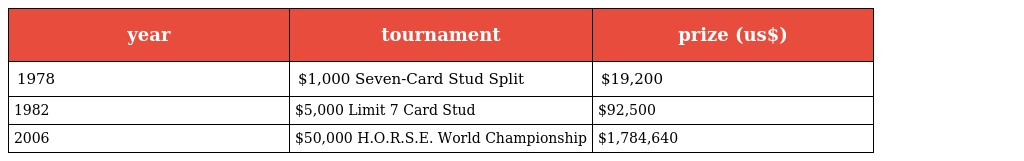
| year | tournament | prize (us$) |
 | --- | --- | --- |
 | 1978 | $1,000 Seven-Card Stud Split | $19,200 |
 | 1982 | $5,000 Limit 7 Card Stud | $92,500 |
 | 2006 | $50,000 H.O.R.S.E. World Championship | $1,784,640 |